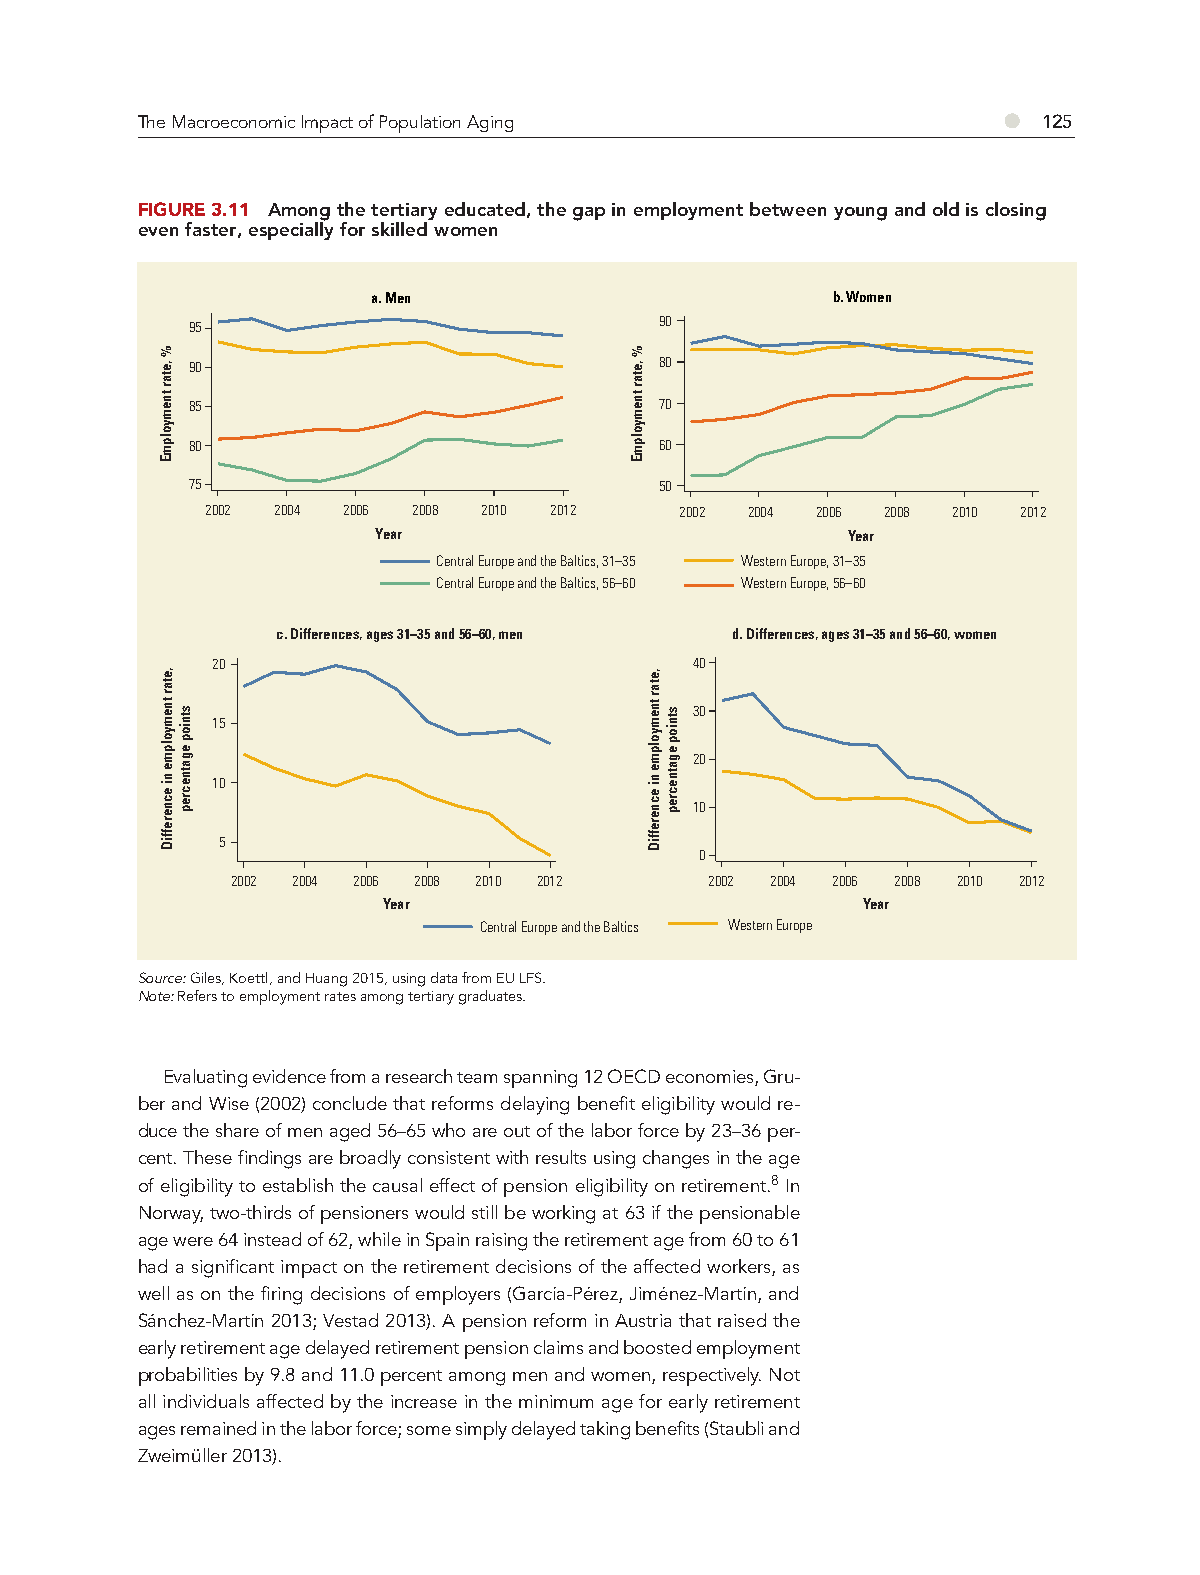
●
 The Macroeconomic Impact of Population Aging                125
 FIGURE 3.11 Among the tertiary educated, the gap in employment between young and old is closing
 even faster, especially for skilled women
 a. Men                        b. Women
 90
 95
 90                              80
 85                              70
 80                              60
 75                              50
 2002 2004 2006 2008 2010 2012  2002 2004 2006 2008 2010 2012
 Year                           Year
 Central Europe and the Baltics, 31–35 Western Europe, 31–35
 Central Europe and the Baltics, 56–60 Western Europe, 56–60
 c. Differences, ages 31–35 and 56–60, men d. Differences, ages 31–35 and 56–60, women
 20                              40
 30
 15
 20
 10
 10
 5
 0
 2002 2004 2006 2008 2010 2012   2002 2004 2006 2008 2010 2012
 Year                            Year
 Central Europe and the Baltics Western Europe
 Source: Giles, Koettl, and Huang 2015, using data from EU LFS.
 Note: Refers to employment rates among tertiary graduates.
 Evaluating evidence from a research team spanning 12 OECD economies, Gru-
 ber and Wise (2002) conclude that reforms delaying benefit eligibility would re-
 duce the share of men aged 56–65 who are out of the labor force by 23–36 per-
 cent. These findings are broadly consistent with results using changes in the age
 of eligibility to establish the causal effect of pension eligibility on retirement.8 In
 Norway, two-thirds of pensioners would still be working at 63 if the pensionable
 age were 64 instead of 62, while in Spain raising the retirement age from 60 to 61
 had a significant impact on the retirement decisions of the affected workers, as
 well as on the firing decisions of employers (García-Pérez, Jiménez-Martín, and
 Sánchez-Martín 2013; Vestad 2013). A pension reform in Austria that raised the
 early retirement age delayed retirement pension claims and boosted employment
 probabilities by 9.8 and 11.0 percent among men and women, respectively. Not
 all individuals affected by the increase in the minimum age for early retirement
 ages remained in the labor force; some simply delayed taking benefits (Staubli and
 Zweimüller 2013).
 %
 ,etar
 tnemyolpmE
 ,etar
 tnemyolpme
 ni
 ecnereffiD
 stniop
 egatnecrep
 %
 ,etar
 tnemyolpmE
 ,etar
 tnemyolpme
 ni
 ecnereffiD
 stniop
 egatnecrep